Leaving Certificate Examination (including Day School Certificate (Higher) General paper), 1936
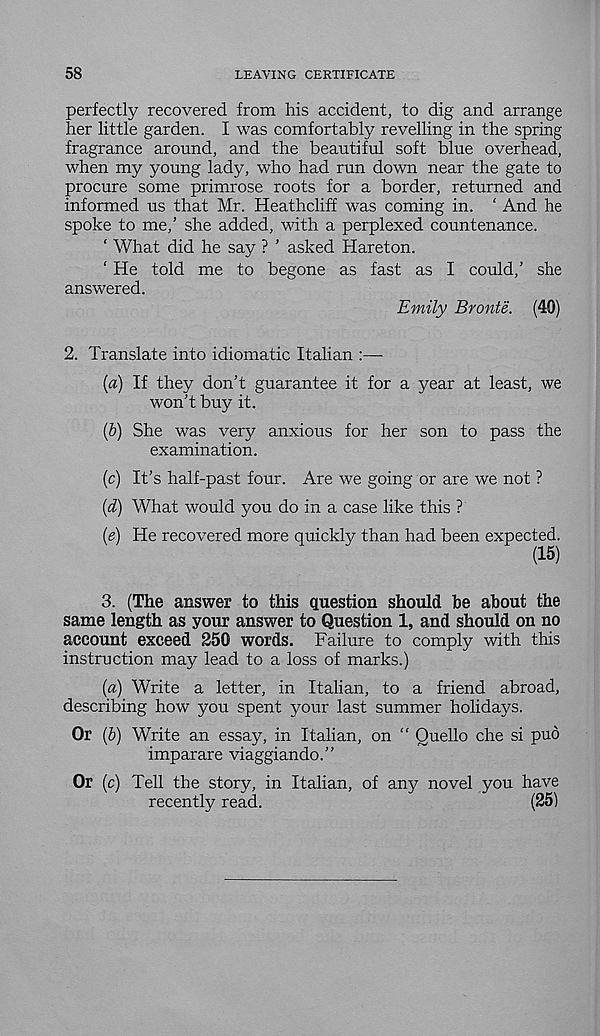
58
LEAVING CERTIFICATE
perfectly recovered from his accident, to dig and arrange
her little garden. I was comfortably revelling in the spring
fragrance around, and the beautiful soft blue overhead,
when my young lady, who had run down near the gate to
procure some primrose roots for a border, returned and
informed us that Mr. Heathcliff was coming in. ‘ And he
spoke to me,’ she added, with a perplexed countenance.
‘ What did he say ? ’ asked Hareton.
‘ He told me to begone as fast as I could,’ she
answered.
Emily Bronte. (40)
2. Translate into idiomatic Italian :—•
(a) If they don’t guarantee it for a year at least, we
won’t buy it.
(b) She was very anxious for her son to pass the
examination.
(c) It’s half-past four. Are we going or are we not ?
(d) What would you do in a case like this ?
{e) He recovered more quickly than had been expected.
(15)
3. (The answer to this question should be about the
same length as your answer to Question 1, and should on no
account exceed 250 words. Failure to comply with this
instruction may lead to a loss of marks.)
(a) Write a letter, in Italian, to a friend abroad,
describing how you spent your last summer holidays.
Or (l) Write an essay, in Italian, on “ Quello che si pud
imparare viaggiando.”
Or (c) Tell the story, in Italian, of any novel you have
recently read.
(25)